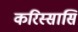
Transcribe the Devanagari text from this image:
करिस्सासि